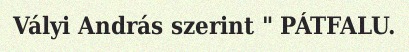
Vályi András szerint " PÁTFALU.